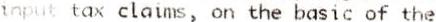
INPUT TAX CLAIMS, ON THE BASIC OF THE